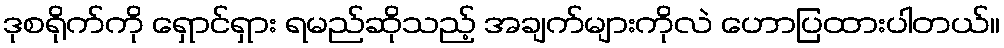
ဒုစရိုက်ကို ရှောင်ရှား ရမည်ဆိုသည့် အချက်များကိုလဲ ဟောပြထားပါတယ်။